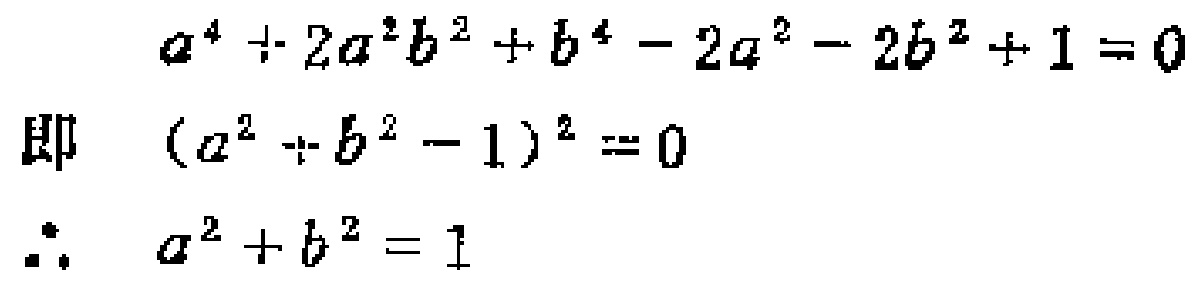
\[

\begin{align*}

a^{4}+2a^{2}b^{2}+b^{4}-2a^{2}-2b^{2}+1&=0\\

\text{即 }(a^{2}+b^{2}-1)^{2}&=0\\

\therefore a^{2}+b^{2}&=1

\end{align*}

\]